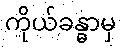
ကိုယ်ခန္ဓာမှ